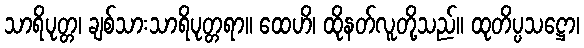
သာရိပုတ္တ၊ ချစ်သားသာရိပုတ္တရာ။ ထေဟိ၊ ထိုနတ်လူတို့သည်။ ထုတိပ္ပသဋ္ဌော၊